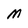
Character: M